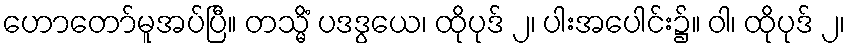
ဟောတော်မူအပ်ပြီ။ တသ္မိံ ပဒဒွယေ၊ ထိုပုဒ် ၂၊ ပါးအပေါင်း၌။ ဝါ၊ ထိုပုဒ် ၂၊